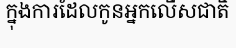
ក្នុងការដែលកូនអ្នកលើសជាតិ